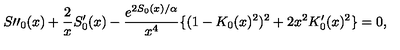
S \prime \prime _ { 0 } ( x ) + \frac { 2 } { x } S _ { 0 } ^ { \prime } ( x ) - \frac { e ^ { 2 S _ { 0 } ( x ) / \alpha } } { x ^ { 4 } } \{ ( 1 - K _ { 0 } ( x ) ^ { 2 } ) ^ { 2 } + 2 x ^ { 2 } K _ { 0 } ^ { \prime } ( x ) ^ { 2 } \} = 0 ,